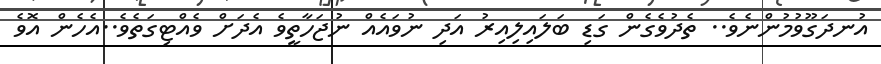
އުނދަގޫވުމުންނެވެ.. ތެދުވެގެން ގަޑި ބަލައިލިއިރު އަދި ނުވައެއް ނުޖަހާތީވެ އެދަށް ވެއްޓިގަތެވެ..އެހެން އޮވެ